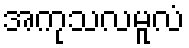
အကုသလမူလံ